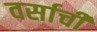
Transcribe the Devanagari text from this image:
वर्साची